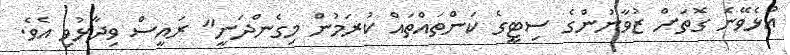
އުޅެވޭނެ ގޮތަށް ޒުވާނުންގެ ސިޓީގެ ކަންތައްތައް ކުރަމުން މިގެންދަނީ" ރައީސް ވިދާޅުވި އެވެ.